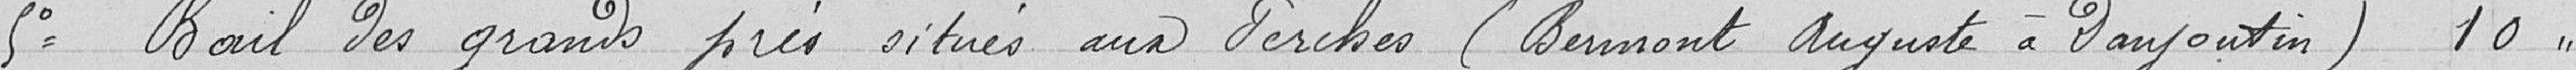
5° Bail des Grands Prés situés aux Perches (Bermont Auguste à Danjoutin)  10,00